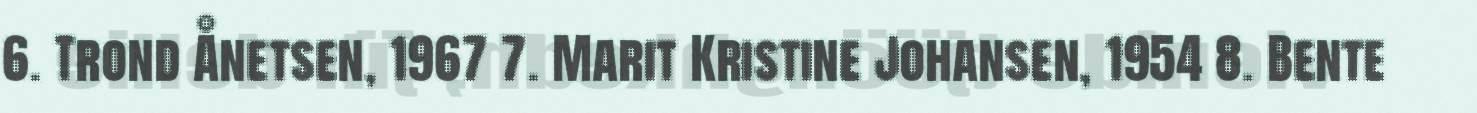
6. Trond Ånetsen, 1967 7. Marit Kristine Johansen, 1954 8. Bente